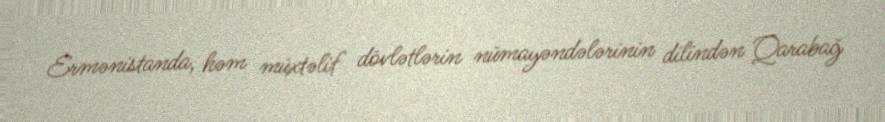
Ermənistanda, həm müxtəlif dövlətlərin nümayəndələrinin dilindən Qarabağ